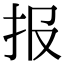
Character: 报